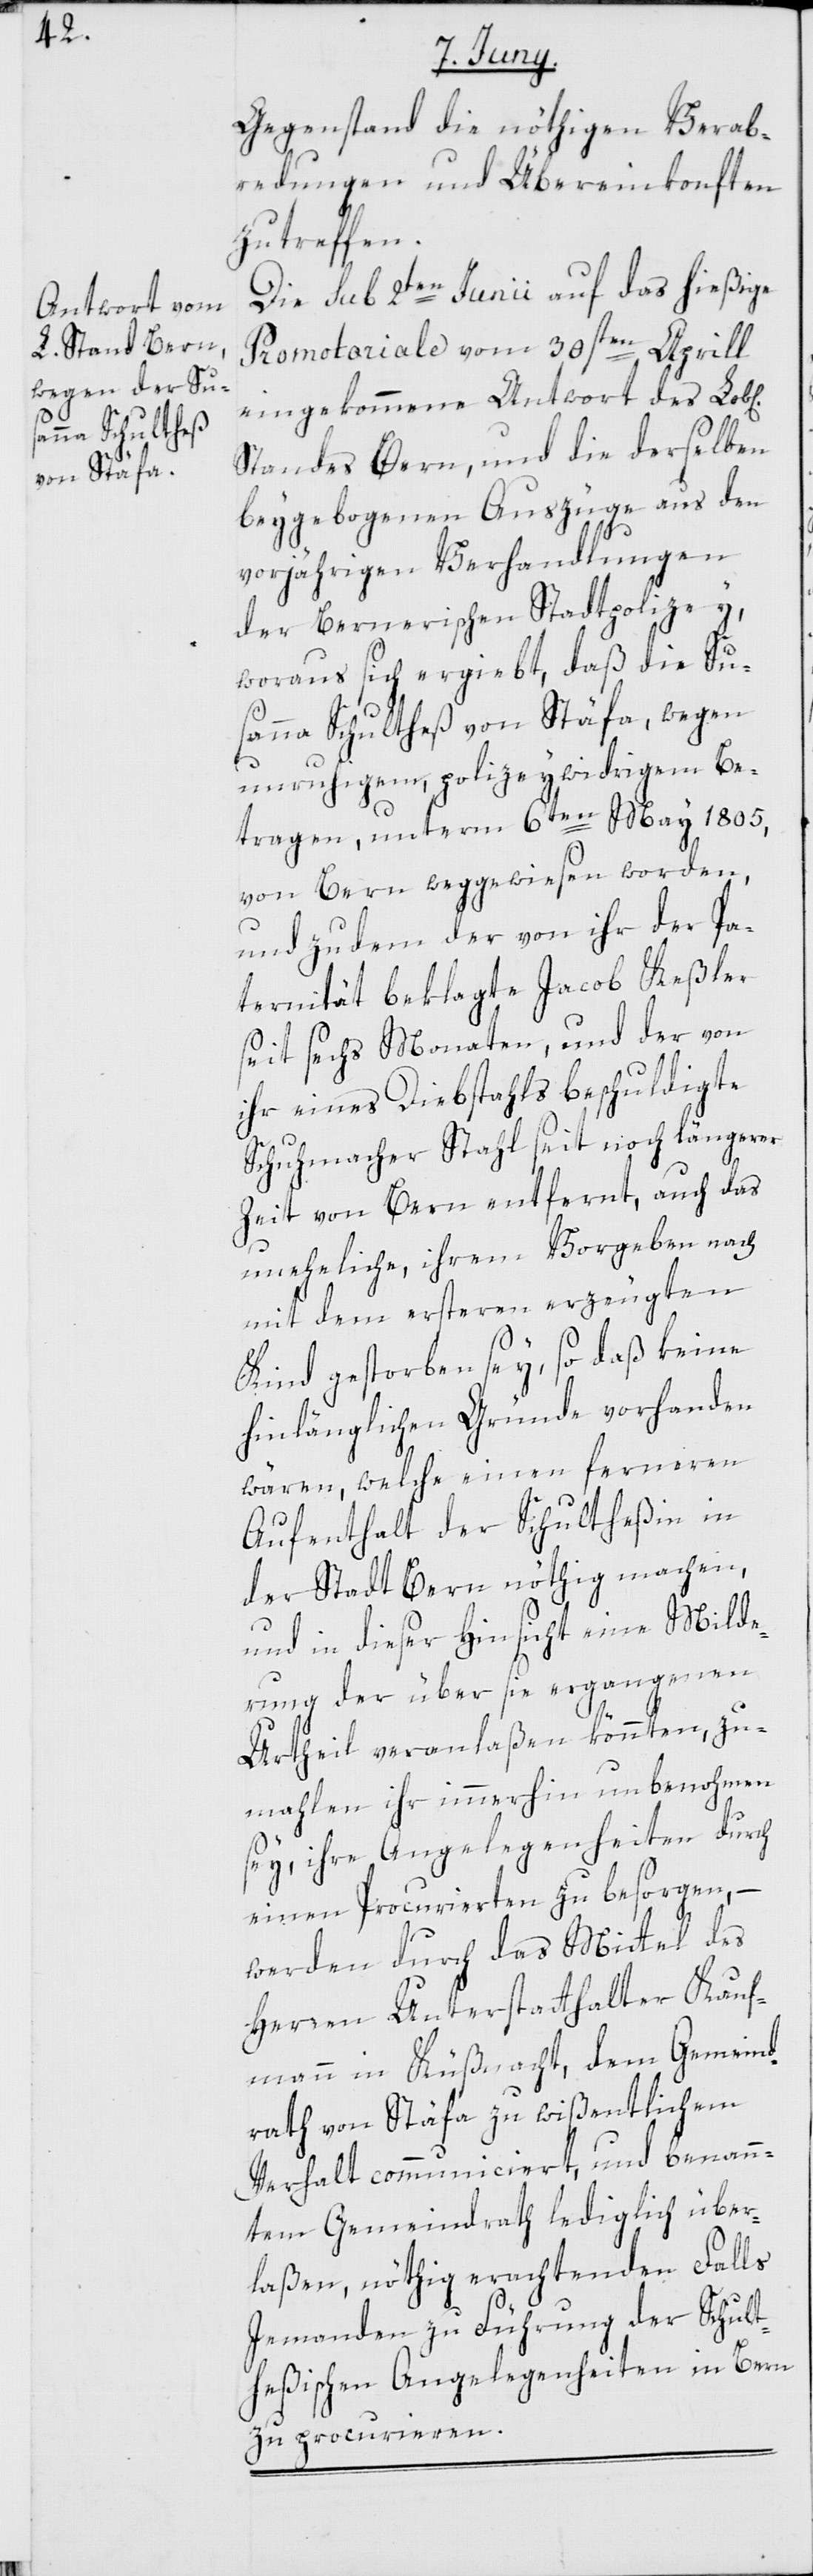
Gegenstand die nöthigen Verab¬
redungen und Übereinkonften
zu treffen.
Die sub 2ten Junii auf das hießige
Promotoriale vom 30sten Aprill
eingekommene Antwort des Lob[l¬
Standes Bern, und die derselben
beygebogenen Auszüge aus den
ichen]
vorjährigen Verhandlungen
der Bernerischen Stadtpolizey,
woraus sich ergiebt, daß die Su¬
sanna Schultheß von Stäfa, wegen
unruhigem, polizeywidrigem Be¬
tragen, unterm 6ten May 1805,
von Bern weggewiesen worden,
und zudem der von ihr der Pa¬
ternität beklagte Jacob Keßler
seit sechs Monaten, und der von
ihr eines Diebstahls beschuldigte
Schuhmacher Stahl seit noch längerer
Zeit von Bern entfernt, auch das
uneheliche, ihrem Vorgeben nach
mit dem ersteren erzeugten
Kind gestorben sey, so daß keine
hinlänglichen Gründe vorhanden
wären, welche einen ferneren
Aufenthalt der Schultheßin in
der Stadt Bern nöthig machen,
und in dieser Hinsicht eine Milde¬
rung der über sie ergangenen
Urtheil veranlaßen könnten, zu¬
mahlen ihr immerhin unbenohmen
sey, ihre Angelegenheiten durch
einen Procurierten zu besorgen, –
werden durch das Mittel des
Herren Unterstatthalter Kauf¬
mann in Küßnacht, dem Gemeind¬
rath von Stäfa zu wißentlichem
Verhalt communiciert, und benan¬
ntem Gemeindrath lediglich über¬
laßen, nöthig erachtenden Falls
Jemanden zu Führung der Schult¬
heßischen Angelegenheiten in Bern
zu procurieren.